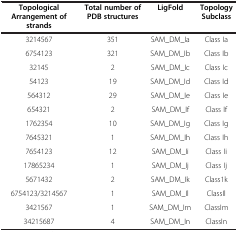
<table><thead><tr><td><b>Topological Arrangement of strands</b></td><td><b>Total number of PDB structures</b></td><td><b>LigFold</b></td><td><b>Topology Subclass</b></td></tr></thead><tbody><tr><td>3214567</td><td>351</td><td>SAM_DM_Ia</td><td>Class Ia</td></tr><tr><td>6754123</td><td>321</td><td>SAM_DM_Ib</td><td>Class Ib</td></tr><tr><td>32145</td><td>2</td><td>SAM_DM_Ic</td><td>Class Ic</td></tr><tr><td>54123</td><td>19</td><td>SAM_DM_Id</td><td>Class Id</td></tr><tr><td>564312</td><td>29</td><td>SAM_DM_Ie</td><td>Class Ie</td></tr><tr><td>654321</td><td>2</td><td>SAM_DM_If</td><td>Class If</td></tr><tr><td>1762354</td><td>10</td><td>SAM_DM_Ig</td><td>Class Ig</td></tr><tr><td>7645321</td><td>1</td><td>SAM_DM_Ih</td><td>Class Ih</td></tr><tr><td>7654123</td><td>12</td><td>SAM_DM_Ii</td><td>Class Ii</td></tr><tr><td>17865234</td><td>1</td><td>SAM_DM_Ij</td><td>Class Ij</td></tr><tr><td>5671432</td><td>2</td><td>SAM_DM_Ik</td><td>Class1k</td></tr><tr><td>6754123/3214567</td><td>1</td><td>SAM_DM_Il</td><td>ClassIl</td></tr><tr><td>3421567</td><td>1</td><td>SAM_DM_Im</td><td>ClassIm</td></tr><tr><td>34215687</td><td>4</td><td>SAM_DM_In</td><td>ClassIn</td></tr></tbody></table>